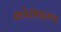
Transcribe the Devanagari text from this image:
क्लेशप्रहाण